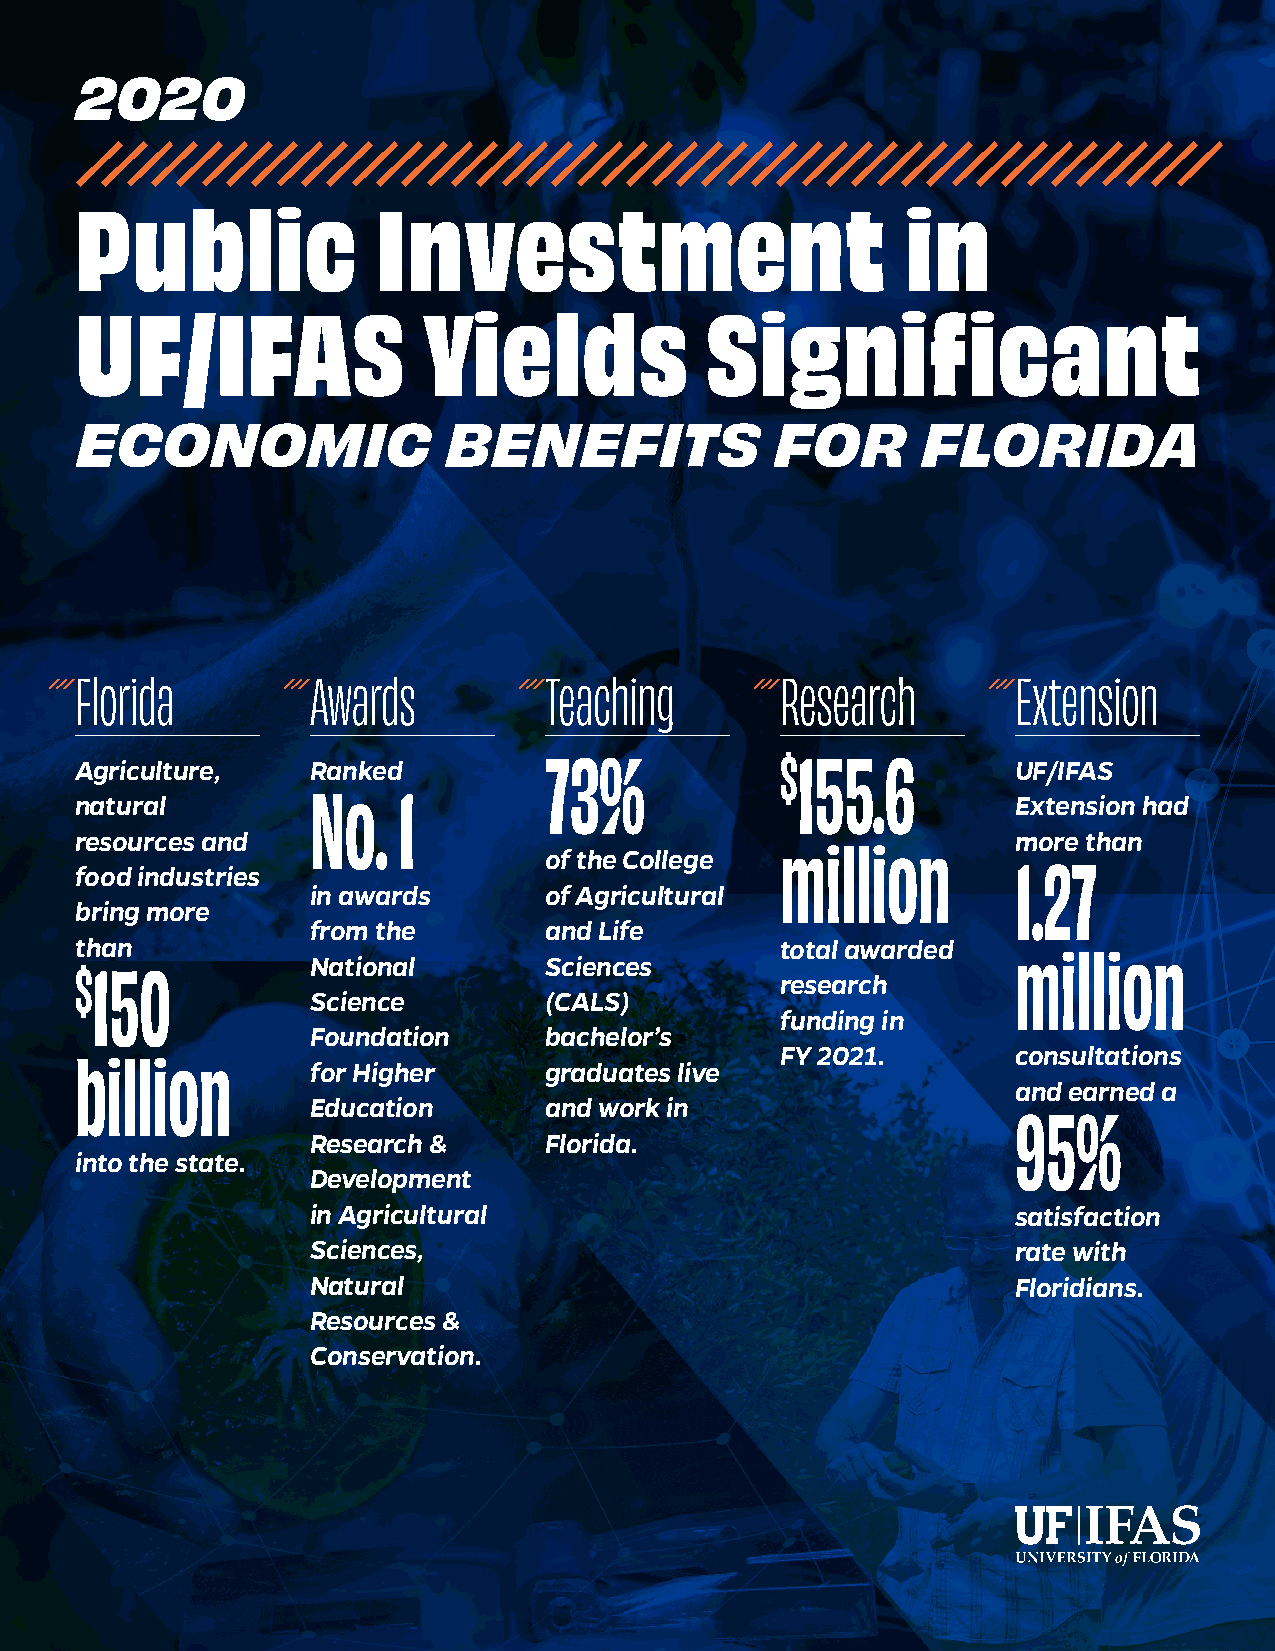
2020
 Public              Investment                         in
 UF/IFAS                Yields             Significant
 ECONOMIC                BENEFITS              FOR       FLORIDA
 Florida         Awards         Teaching        Research       Extension
 Agriculture,    Ranked
 73%             $155.6
 UF/IFAS
 No.  1
 natural                                                       Extension had
 resources and                                                 more than
 million
 of the College
 1.27
 food industries
 in awards      of Agricultural
 bring more
 from the       and Life
 than                                           total awarded
 million
 National       Sciences
 $150
 research
 Science        (CALS)
 funding in
 Foundation     bachelor’s
 FY 2021.       consultations
 billion
 for Higher     graduates live
 and earned a
 Education      and work in
 95%
 Research &     Florida.
 into the state.
 Development
 in Agricultural                               satisfaction
 Sciences,                                     rate with
 Natural                                       Floridians.
 Resources &
 Conservation.